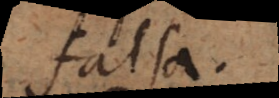
falsa.